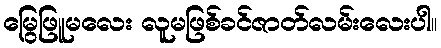
မြွေဖြူမလေး လူမဖြစ်ခင်ဇာတ်လမ်းလေးပါ။